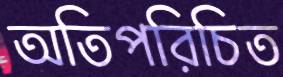
অতিপরিচিত